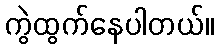
ကွဲထွက်နေပါတယ်။